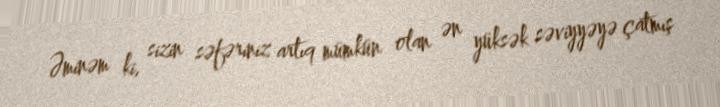
Əminəm ki, sizin səfəriniz artıq mümkün olan ən yüksək səviyyəyə çatmış